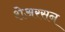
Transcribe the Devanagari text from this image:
शेअरसन